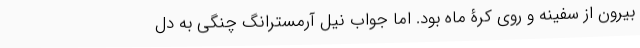
بیرون از سفینه و روی کرۀ ماه بود. اما جواب نیل آرمسترانگ چنگی به دل